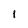
Character: 1